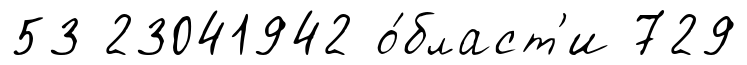
53 23041942 о́бласт'и 729